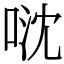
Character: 𠴥